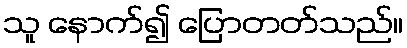
သူ နောက်၍ ပြောတတ်သည်။